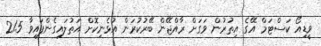
ވީޑިއޯ ކަސްޓަމް އޭގެ އިތުރުން ވަގަށް ރާއްޖޭން ބޭރުކުރަން އުޅެނިކޮށް އަތުލައިގެންފައިވާ 21.5